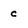
Character: c